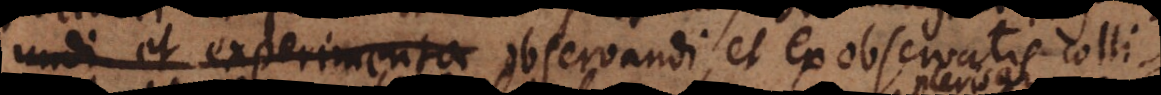
undi et experimenta observandi, et ex observatis collige